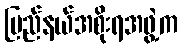
ပြည်နယ်အစိုးရအဖွဲ့က